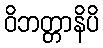
ဝိဘတ္တာနိပိ